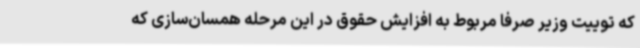
که توییت وزیر صرفا مربوط به افزایش حقوق در این مرحله همسان‌سازی که